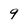
Character: 9